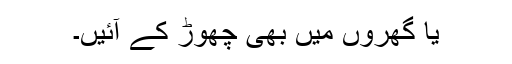
یا گھروں میں بھی چھوڑ کے آئیں۔